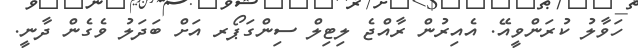
ހަވާލު ކުރަންވީއޭ. އެއިރުން ރާއްޖެ ލިޓިލް ސިންގަޕޯރ އަށް ބަދަލު ވެގެން ދާނީ.